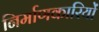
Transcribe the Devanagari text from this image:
निर्माणकारियों